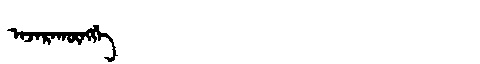
Manchu: ᠠᠵᠠᡵᠠᡴᡡᠩᡤᡝ
Romanization: AJARAKŪNGGE